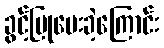
ခွင့်ပြုပေးခဲ့ကြောင်း